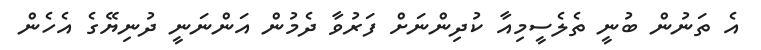
އެ ތަނުން ބުނީ ތެލެސީމިއާ ކުދިންނަށް ފަރުވާ ދެމުން އަންނަނީ ދުނިޔޭގެ އެހެން